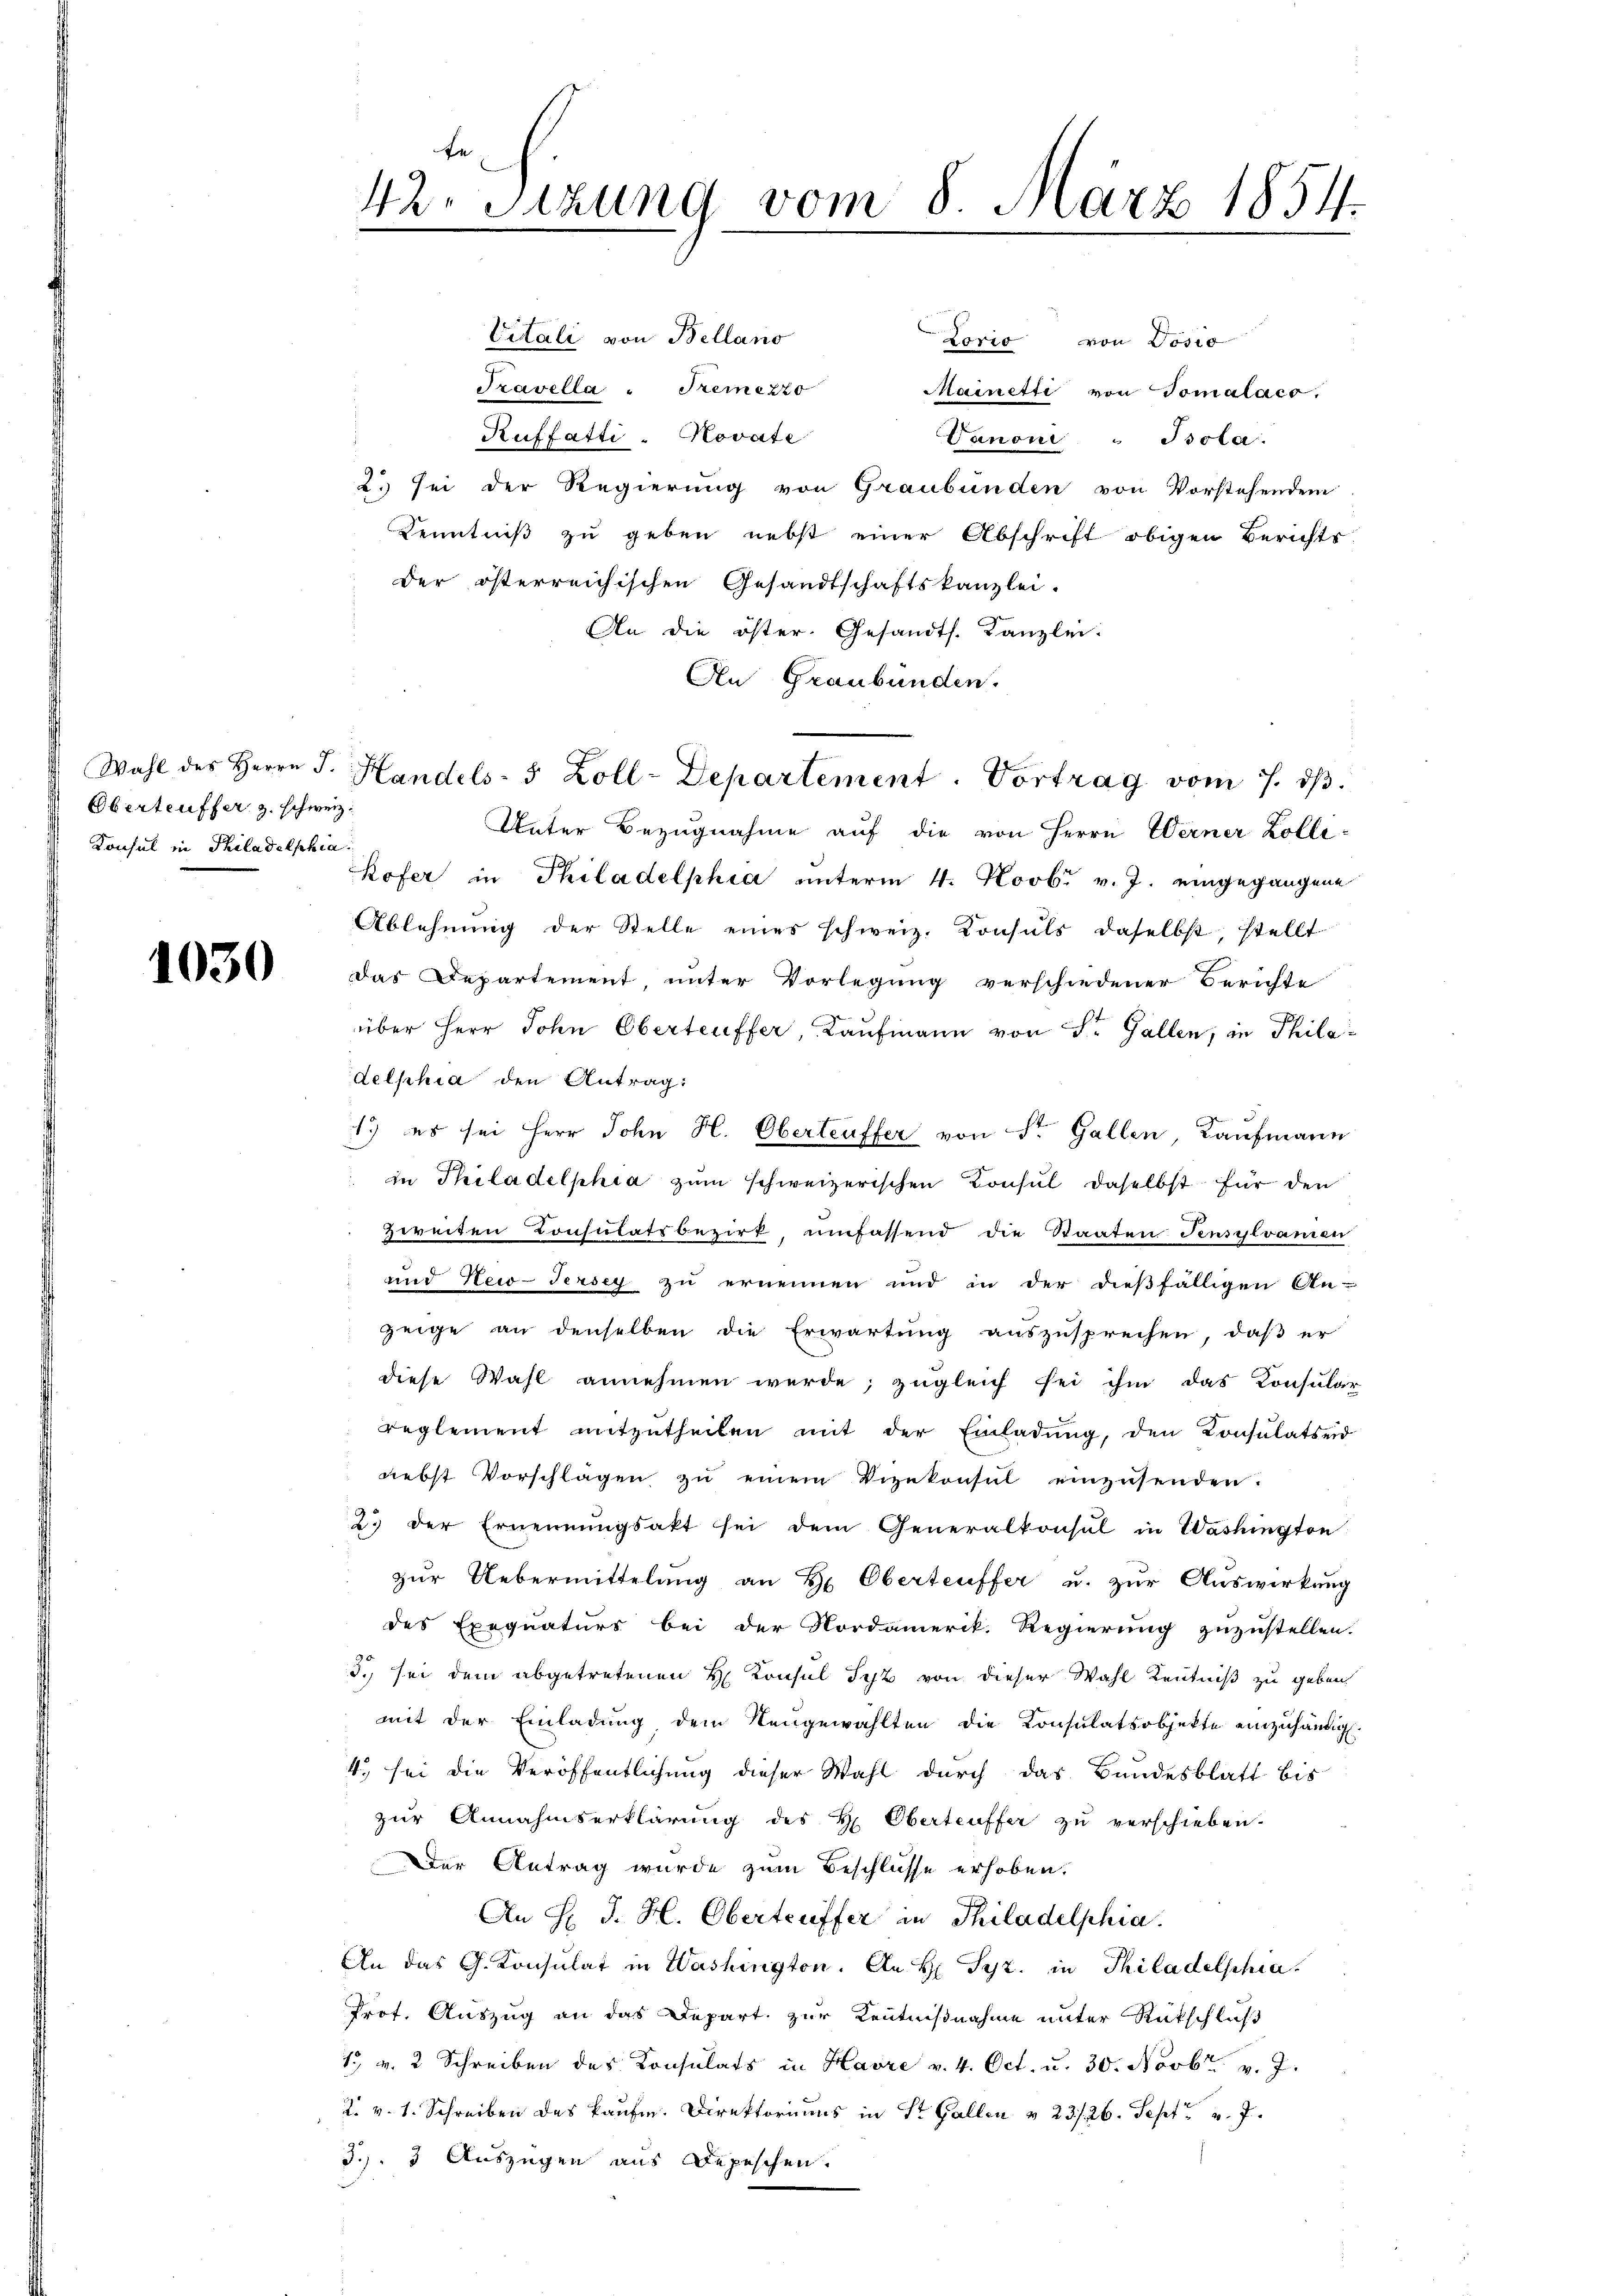
Oberteuffer z. schweiz.
Konsul in Philadelphia

1030

f
42. Sitzung vom 8. März 1854.

Lorio von Vosio
Travella : Temezzo
Mainetti von Tomalacs,
Ruffatti - Kovate
Danoni " Bsola
2. sei der Regierung von Graubünden von Vorstehendem
Kenntniß zu geben nebst einer Abschrift obigen Berichts
der österreichischen Gesandtschaftskanzlei.
An die öster. Gesandts. Kanzlei.
An Graubünden.
Unter Bezugnahme auf die von Herrn Werner Zolli
Kofer in Philadelphia unterm 4. Novbr v. J. eingegangene
Ablehnŭng der Stelle eines schweiz. Konsuls daselbst, stellt
das Departement, unter Vorlegung verschiedener Berichte
über Herr John Oberteuffer, Kaufmann von St. Gallen, in Philadelphia den Antrag:
1.) es sei Herr John H. Oberteuffer von Sr. Gallen, Kaufmann
in Philadelphia zum schweizerischen Konsul daselbst für den
zweiten Consulatsbezirk, umfassend die Staaten Jensylvanien
und New-Jersey zu ernennen und in der dießfälligen An-
zeige an denselben die Erwartung auszusprechen, daß er
diese Wahl annehmen werde; zugleich sei ihm das Konsular
reglement mitzŭtheilen mit der Einladŭng, den Konsulatseid
nebst Vorschlagen zŭ einem Vizekonsul einzusenden.
2. der Ernennungsakt sei dem Generalkonsul in Washington
zŭr Uebermittelung an Hr. Oberteuffer u. zŭr Aŭswirkung
des Exequaturs bei der Nordamerik. Regierung zuzustellen.
5. sei dem abgetretenen H. Konsul Spt von dieser Wahl Kenntniß zu geben
mit der Einladung dem Neugewählten die Konsulatsobjekte einzuhändig.
4. sei die Veröffentlichung dieser Wahl durch das Bundesblatt bis
zur Annahmserklärung des H. Oberteuffer zu verschieben.
Der Antrag wurde zum Beschlüsse erhoben.
An H. J. H. Obertreffer in Thiladelphia
An das G. Konsulat in Washington. An H Syz. in Philadelphia
Prof. Auszug an das Depart zur Kenntnißnahme unter Rückschluß
1. v. 2 Schreiben des Consulats in Havre v. 4. Oct. u. 30. Novbr. v. J.
2. v. 1. Schreiben des kaufe. Direktoriums in Sr. Gallen v. 23./26. Sept v. J.
3.) 3 Auszügen aus Depeschen.

Wahl des Herrn J. Handels- 5 Zoll-Departement. Vortrag vom 7. dβ.